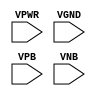
module sky130_fd_sc_ls__fill (
    VPWR,
    VGND,
    VPB ,
    VNB
);

    // Module ports
    input VPWR;
    input VGND;
    input VPB ;
    input VNB ;
     // No contents.
endmodule